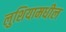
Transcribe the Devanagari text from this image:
लुशियामधील